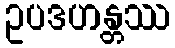
ဥပဒဟန္တဿ